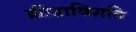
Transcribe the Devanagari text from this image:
क्रीडाविंशति